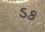
ડક